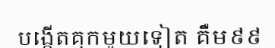
បង្កើតគុកមួយទៀត គឺម៩៩